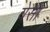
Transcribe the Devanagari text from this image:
येसा